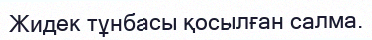
Жидек тұнбасы қосылған салма.